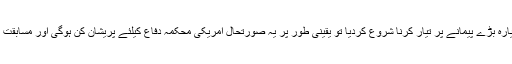
ماہرین دفاع کا کہناتھا کہ اگر چین نے یہ انوکھا طیارہ بڑے پیمانے پر تیار کرنا شروع کردیا تو یقینی طور پر یہ صورتحال امریکی محکمہ دفاع کیلئے پریشان کن ہوگی اور مسابقت کی جنگ میں اسے واضح برتری حاصل ہوجائیگی۔